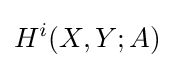
H^{i}(X,Y;A)